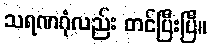
သရဏဂုံလည်း တင်ပြီးပြီ။